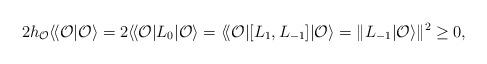
LaTeX: \begin{align*}2 h_{\cal O} \langle\!\langle {\cal O}|{\cal O}\rangle= 2 \langle\!\langle {\cal O}|L_0|{\cal O}\rangle= \langle\!\langle {\cal O}| [ L_1, L_{-1} ]|{\cal O}\rangle= \| L_{-1} |{\cal O}\rangle \|^2 \geq 0,\end{align*}